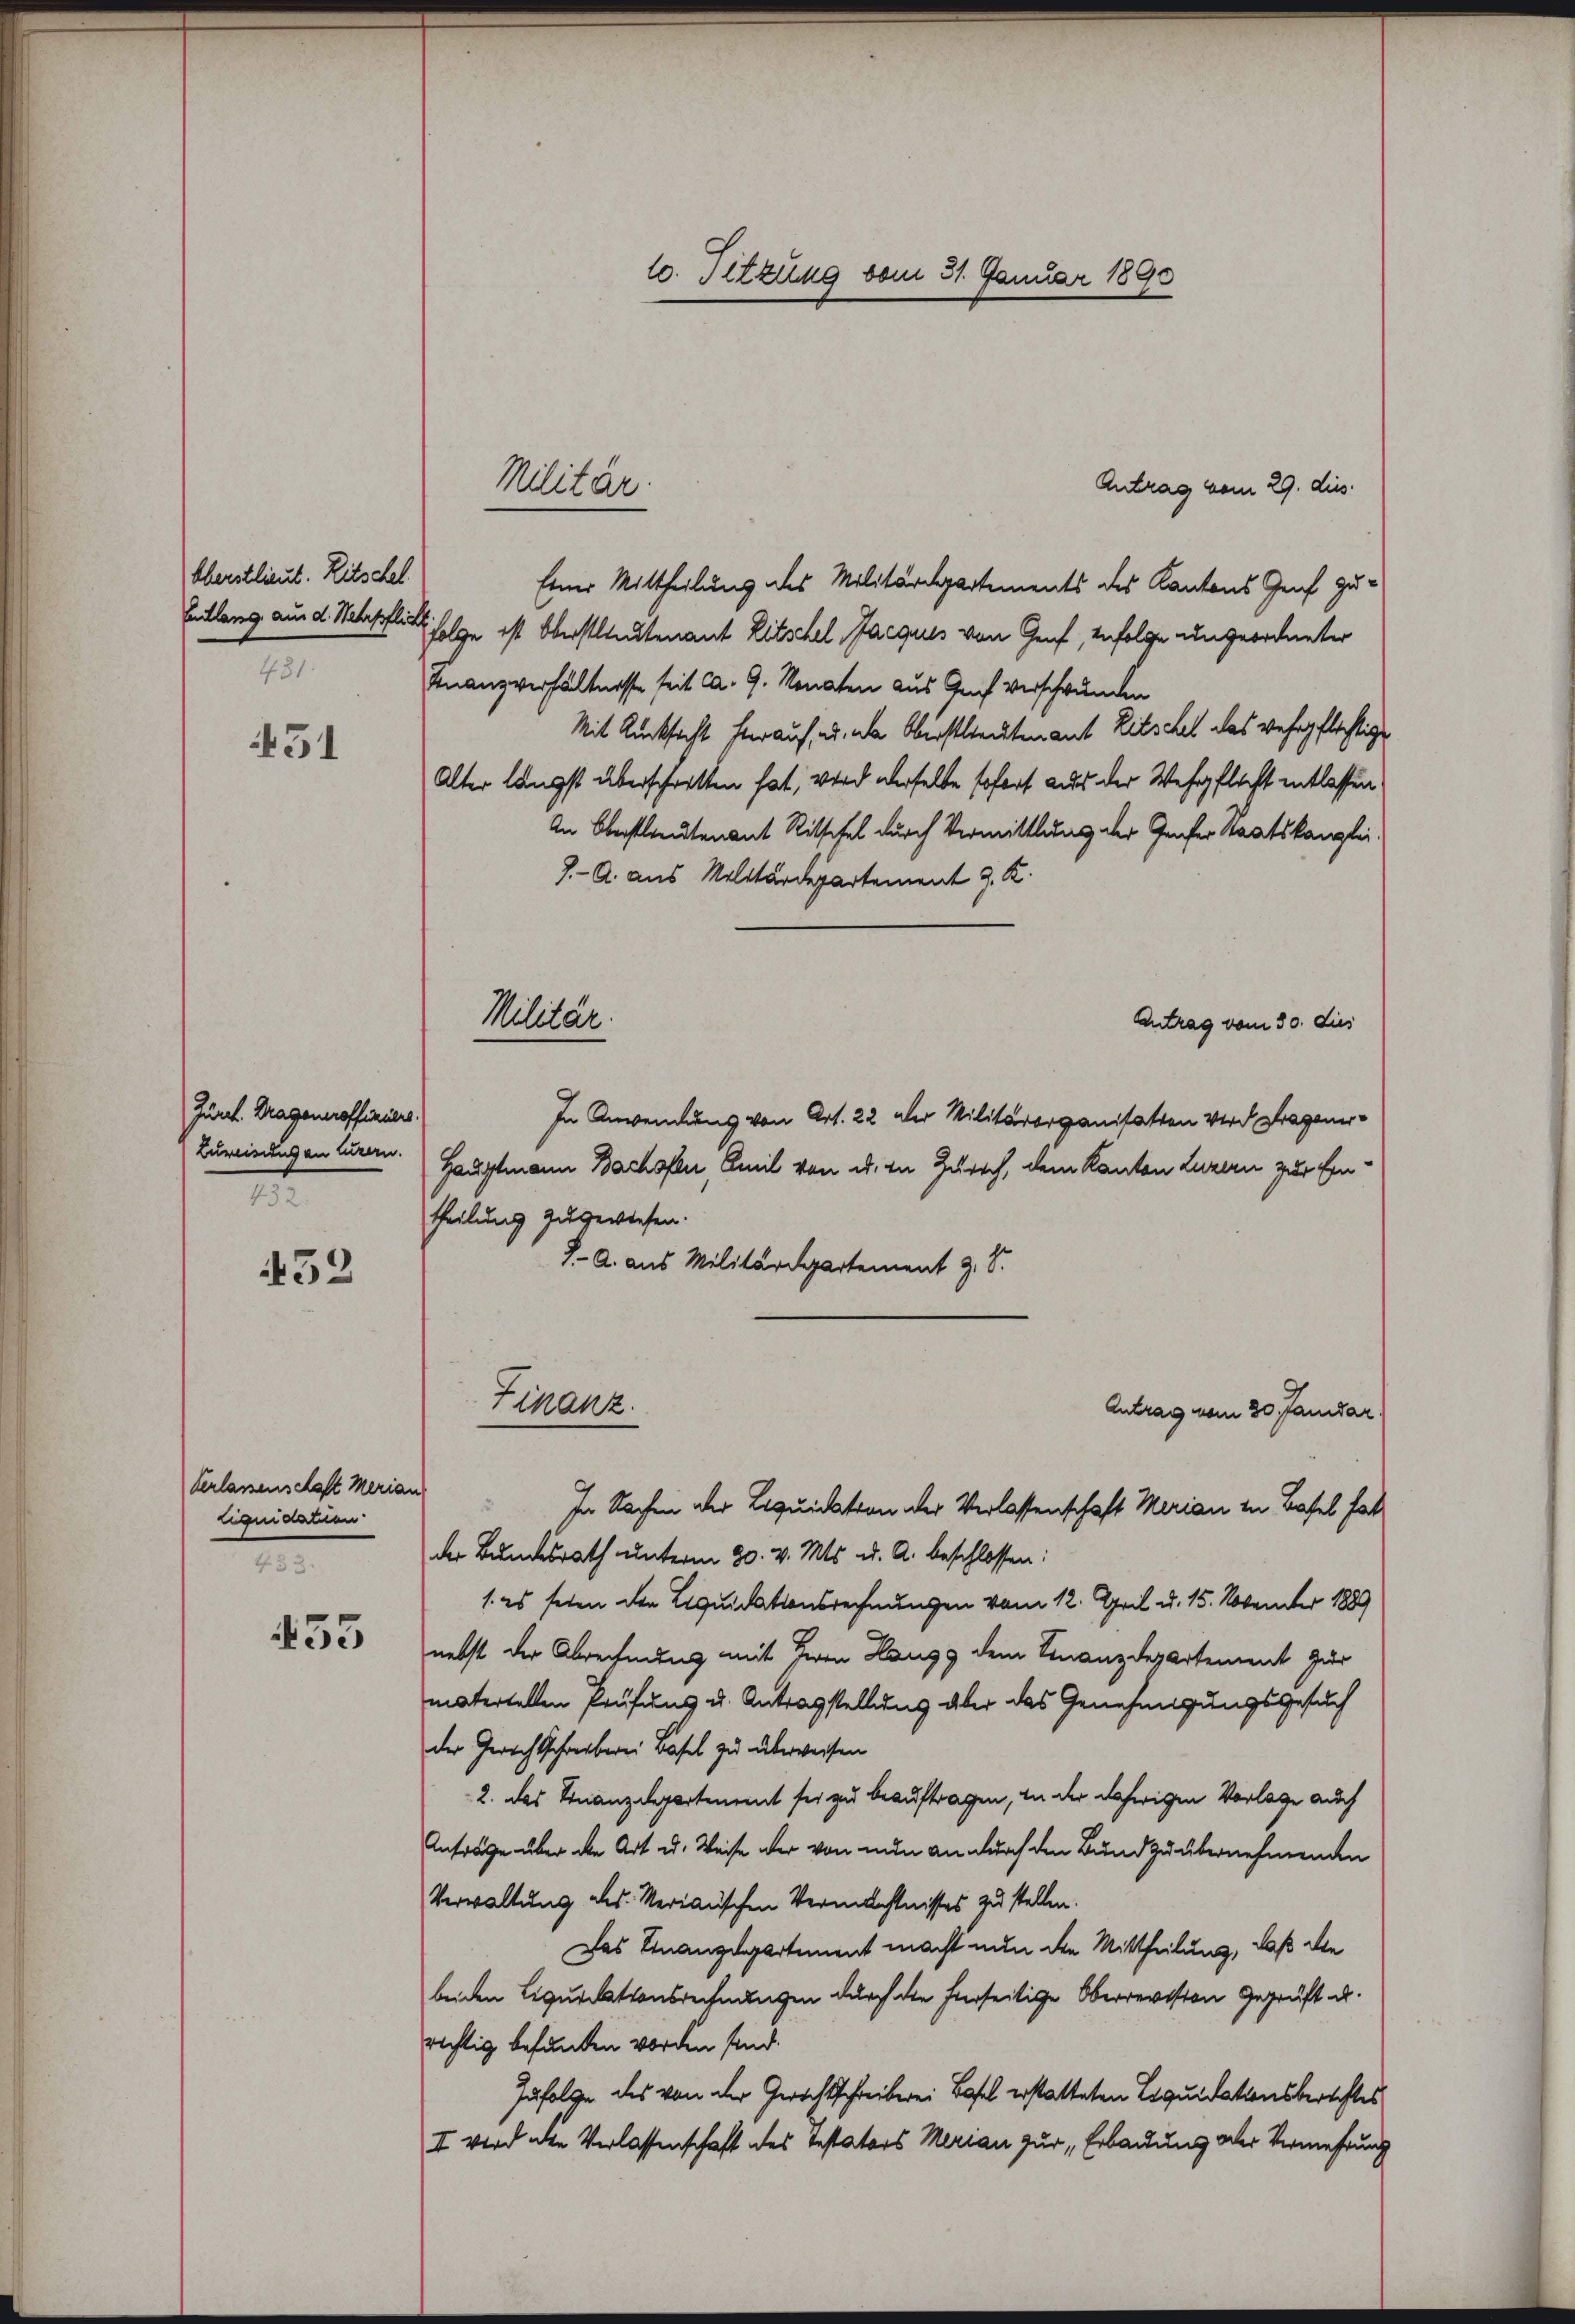
Oberstlieut. Litschel.
481:

431

Zürch. Trageneroffiziers.
Zureisung an Eurern.
1

453

Verlassenschaft Merian
liquidation
433.

455

Antrag vom 29. dies
Einer Mittheilung des Militärdepartements des Kantons Genf zu¬
Entlang aus d. Nebelflicht folge ist Oberstlieutenant Ritschel Jacquis von Genf, Infolge ungeordneter
Finanzverhältnisse seit ca. 9. Monaten aus Genf verschwunden
Mit Rücksicht hierauf, u. die Oberstlieutenant Ritschel das wehrpflichtige
Alter längst überschritten hat, wird derselbe sofort aus der Wehrpflicht entlassen
An Oberstlieutenant Ritschel durch Vermittlung der Genfer Staatskanzlei-
7.- A. aus Militärdepartement J. K.
Antrag vom 30. dies
In Anwendung von Art. 22 der Militärorganisation wird Fragener¬
Hauptmann Bachofen, Amil von u. in Zürich, dem Kanton Luzern zur Eintheilung zugewiesen.
J. A. aus Militärdepartement z. S.
Finanz.
Antrag vom 30. Janidar
In Sachen der Liquidation der Verlassenschaft Marian in Basel hat
der Bundesrath unterm 30. v. Mts. u. A. beschlossen:
1. es seien der Liquidationsrechnungen vom 12. April d. 15. November 1889
nebst der Abrechnung mit Herrn Langs dem Finanzdepartement zur
matertellen Prüfung u. Antragstellung aber das Genehmigungsgesuch
der Gerichtschreiberei Basel zu überweisen
2. das Finanzdepartement sei zu beauftragen, in der daherigen Vorlage auch
Anträge über die Art u. Weise der von nun an durch den Bund zu übernehmenden
Verwaltung des Merianischen Vermächtnisses zu stellen.
Das Finanzdepartement macht nun die Mittheilung, daß die
beiden Liquidationsrechnungen durch die hierseitige Oberrevision Geprüft u.
richtig befunden worden sind.
Infolge des von der Gerichtschreiberei Basel erstatteten Liquidationsberichtes
I wird die Verlassenschaft des Testators Merian zur „Erbauung oder Vermehrung

Militär.

Militär.

10. Sitzung vom 31. Januar 1890